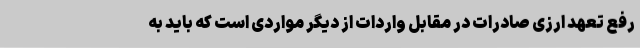
رفع تعهد ارزی صادرات در مقابل واردات از دیگر مواردی است که باید به